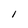
Character: 1